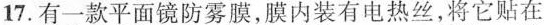
17.有一款平面镜防雾膜，膜内装有电热丝，将它贴在